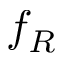
f _ { R }